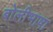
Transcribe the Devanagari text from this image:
बाेलीभाषा